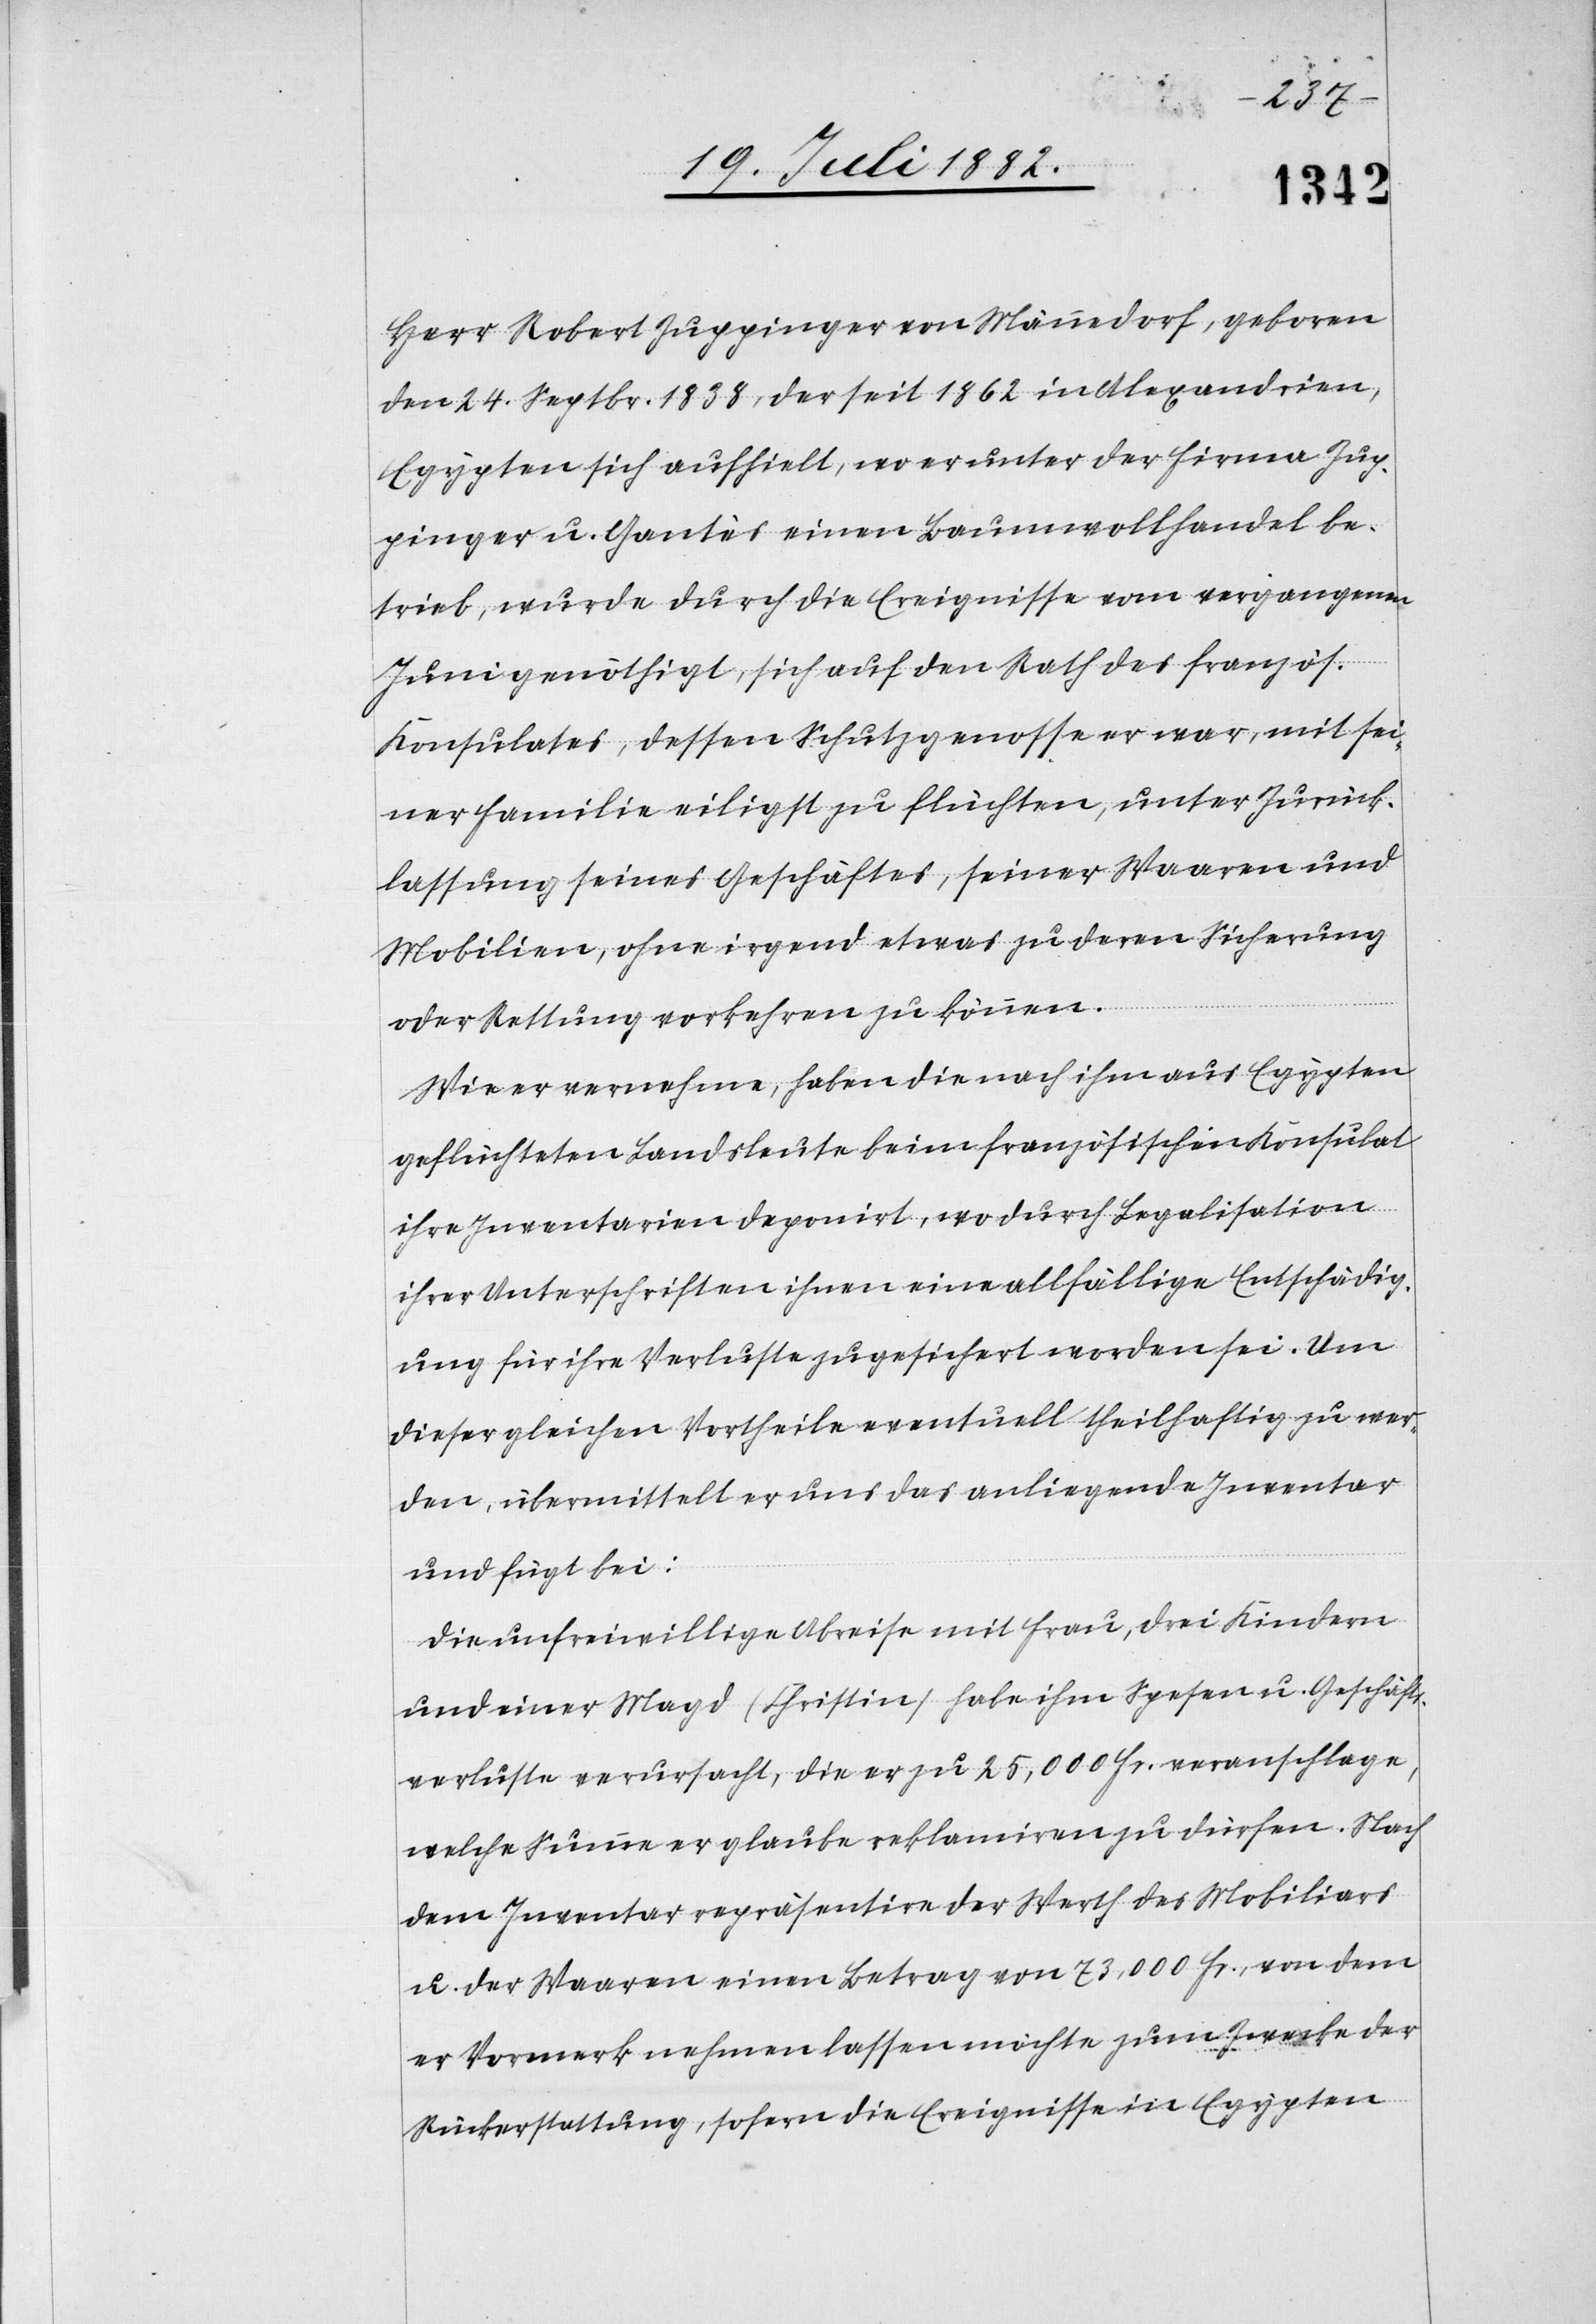
Zup¬
„Herr Robert Zuppinger von Männedorf, geboren
den 24. Septbr. 1838, der [sich] seit 1862 in Alexandria,
pinger u. Gantès einen Baumwollhandel be¬
trieb, wurde durch die Ereignisse vom vergangenen
Juni genöthigt, sich auf den Rath des französ.
Konsulates, dessen Schutzgenosse er war, mit sei¬
ner Familie eiligst zu flüchten, unter Zurück¬
lassung seines Geschäftes, seiner Waaren und
Mobilien, ohne irgend etwas zu deren Sicherung
oder Rettung vorkehren zu können.
Wie er vernehme, haben die nach ihm aus Egypten
geflüchteten Landsleute beim französischen Konsulat
ihre Inventarien deponirt, wo durch Legalisation
ihrer Unterschriften ihnen eine allfällige Entschädig¬
ung für ihre Verluste zugesichert worden sei. Um
dieser gleichen Vortheile eventuelle theilhaftig zu wer¬
den, übermittelt er uns das anliegende Inventar
und fügt bei:
Die unfreiwillige Abreise mit Frau, drei Kindern
und einer Magd (Christin) habe ihm Spesen u. Geschäfts¬
verluste verursacht, die er zu 25,000 Fr. veranschlage,
welche Summe er glaubt reklamiren zu dürfen. Nach
dem Inventar repräsentire der Werth des Mobiliars
u. der Waaren einen Betrag von 73,000 Fr., von dem
er Vormerk nehmen lassen möchte zum Zwecke der
Rückerstattung, sofern die Ereignisse in Egypten